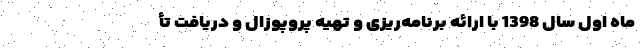
ماه اول سال 1398 با ارائه برنامه‌ریزی و تهیه پروپوزال و دریافت تأ